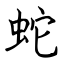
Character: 蛇